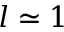
l \simeq 1 ~ \AA